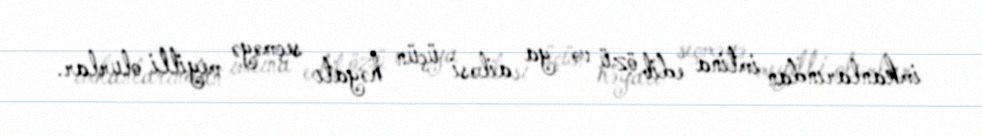
imkanlarından imtina edib özü və ya ailəsi üçün həyatı seçməyə meyilli olurlar.